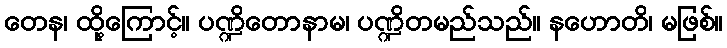
တေန၊ ထို့ကြောင့်။ ပဏ္ဍိတောနာမ၊ ပဏ္ဍိတမည်သည်။ နဟောတိ၊ မဖြစ်။